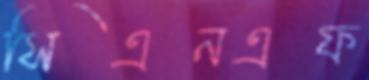
সিএনএফ